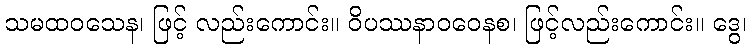
သမထဝသေန၊ ဖြင့် လည်းကောင်း။ ဝိပဿနာဝဝေနစ၊ ဖြင့်လည်းကောင်း။ ဒွေ၊